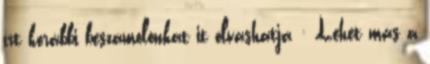
írt korábbi beszámolónkat it olvashatja : Lehet más a